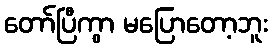
တော်ပြီကွာ မပြောတော့ဘူး